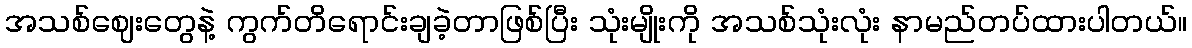
အသစ်ဈေးတွေနဲ့ ကွက်တိရောင်းချခဲ့တာဖြစ်ပြီး သုံးမျိုးကို အသစ်သုံးလုံး နာမည်တပ်ထားပါတယ်။